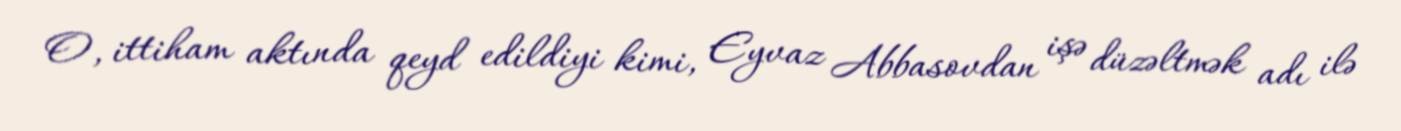
O, ittiham aktında qeyd edildiyi kimi, Eyvaz Abbasovdan işə düzəltmək adı ilə